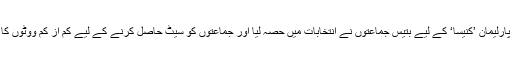
ایک سو بیس ممبران پر مشتمل اسرائیلی پارلیمان ’کنیسا‘ کے لیے بتیس جماعتوں نے انتخابات میں حصہ لیا اور جماعتوں کو سیٹ حاصل کرنے کے لیے کم از کم ووٹوں کا دو فیصد حاصل کرنا ضروری ہوتا ہے۔